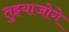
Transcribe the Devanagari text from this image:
तुझ्याजोगे